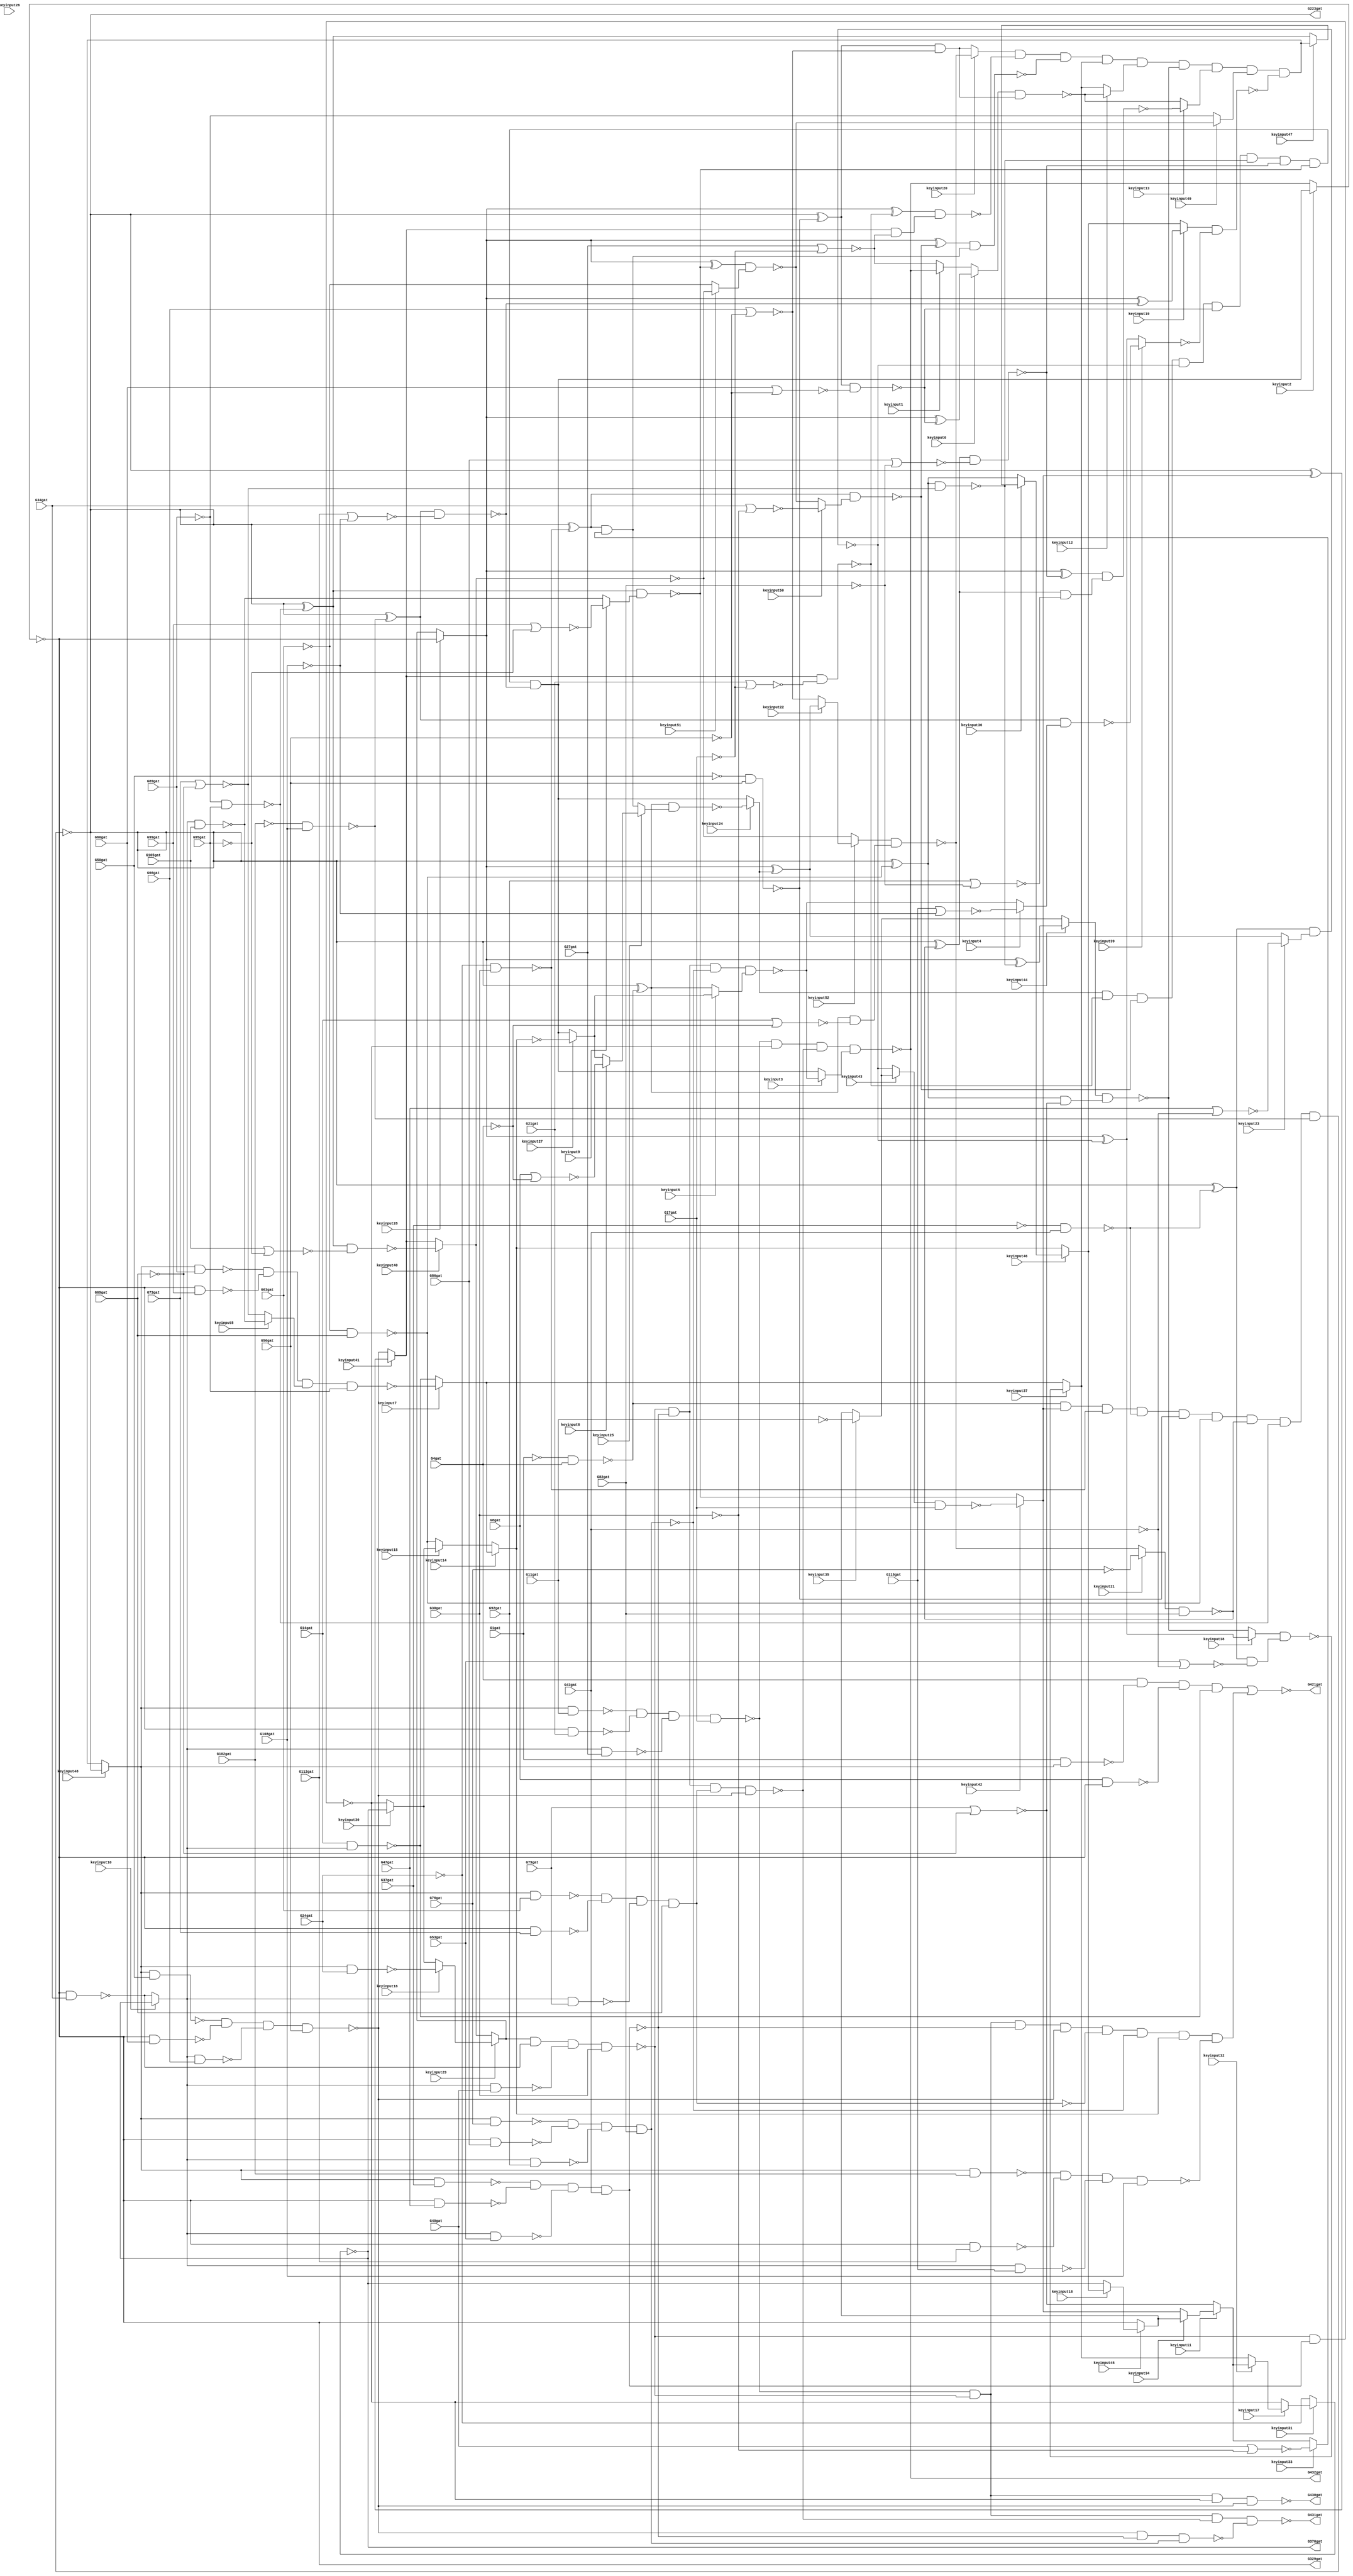
// This program was cloned from: https://github.com/matthewdelorenzo/CreativEval
// License: BSD 3-Clause "New" or "Revised" License

// Verilog File 
module top (G1gat,G4gat,G8gat,G11gat,G14gat,G17gat,G21gat,G24gat,G27gat,
G30gat,G34gat,G37gat,G40gat,G43gat,G47gat,G50gat,G53gat,G56gat,G60gat,
G63gat,G66gat,G69gat,G73gat,G76gat,G79gat,G82gat,G86gat,G89gat,G92gat,
G95gat,G99gat,G102gat,G105gat,G108gat,G112gat,G115gat,G223gat,G329gat,G370gat,
G421gat,G430gat,G431gat,G432gat,keyinput0,keyinput1,keyinput2,keyinput3,keyinput4,keyinput5,
keyinput6,keyinput7,keyinput8,keyinput9,keyinput10,keyinput11,keyinput12,keyinput13,keyinput14,keyinput15,
keyinput16,keyinput17,keyinput18,keyinput19,keyinput20,keyinput21,keyinput22,keyinput23,keyinput24,keyinput25,
keyinput26,keyinput27,keyinput28,keyinput29,keyinput30,keyinput31,keyinput32,keyinput33,keyinput34,keyinput35,
keyinput36,keyinput37,keyinput38,keyinput39,keyinput40,keyinput41,keyinput42,keyinput43,keyinput44,keyinput45,
keyinput46,keyinput47,keyinput48,keyinput49,keyinput50,keyinput51,keyinput52);

input G1gat,G4gat,G8gat,G11gat,G14gat,G17gat,G21gat,G24gat,G27gat,
G30gat,G34gat,G37gat,G40gat,G43gat,G47gat,G50gat,G53gat,G56gat,G60gat,
G63gat,G66gat,G69gat,G73gat,G76gat,G79gat,G82gat,G86gat,G89gat,G92gat,
G95gat,G99gat,G102gat,G105gat,G108gat,G112gat,G115gat,keyinput0,keyinput1,keyinput2,
keyinput3,keyinput4,keyinput5,keyinput6,keyinput7,keyinput8,keyinput9,keyinput10,keyinput11,keyinput12,
keyinput13,keyinput14,keyinput15,keyinput16,keyinput17,keyinput18,keyinput19,keyinput20,keyinput21,keyinput22,
keyinput23,keyinput24,keyinput25,keyinput26,keyinput27,keyinput28,keyinput29,keyinput30,keyinput31,keyinput32,
keyinput33,keyinput34,keyinput35,keyinput36,keyinput37,keyinput38,keyinput39,keyinput40,keyinput41,keyinput42,
keyinput43,keyinput44,keyinput45,keyinput46,keyinput47,keyinput48,keyinput49,keyinput50,keyinput51,keyinput52;

output G223gat,G329gat,G370gat,G421gat,G430gat,G431gat,G432gat;

wire G118gat,G119gat,G122gat,G123gat,G126gat,G127gat,G130gat,G131gat,G134gat,
G135gat,G138gat,G139gat,G142gat,G143gat,G146gat,G147gat,G150gat,G151gat,G154gat,
G157gat,G158gat,G159gat,G162gat,G165gat,G168gat,G171gat,G174gat,G177gat,G180gat,
G183gat,G184gat,G185gat,G186gat,G187gat,G188gat,G189gat,G190gat,G191gat,G192gat,
G193gat,G194gat,G195gat,G196gat,G197gat,G198gat,G199gat,G203gat,G213gat,G224gat,
G227gat,G230gat,G233gat,G236gat,G239gat,G242gat,G243gat,G246gat,G247gat,G250gat,
G251gat,G254gat,G255gat,G256gat,G257gat,G258gat,G259gat,G260gat,G263gat,G264gat,
G267gat,G270gat,G273gat,G276gat,G279gat,G282gat,G285gat,G288gat,G289gat,G290gat,
G291gat,G292gat,G293gat,G294gat,G295gat,G296gat,G300gat,G301gat,G302gat,G303gat,
G304gat,G305gat,G306gat,G307gat,G308gat,G309gat,G319gat,G330gat,G331gat,G332gat,
G333gat,G334gat,G335gat,G336gat,G337gat,G338gat,G339gat,G340gat,G341gat,G342gat,
G343gat,G344gat,G345gat,G346gat,G347gat,G348gat,G349gat,G350gat,G351gat,G352gat,
G353gat,G354gat,G355gat,G356gat,G357gat,G360gat,G371gat,G372gat,G373gat,G374gat,
G375gat,G376gat,G377gat,G378gat,G379gat,G380gat,G381gat,G386gat,G393gat,G399gat,
G404gat,G407gat,G411gat,G414gat,G415gat,G416gat,G417gat,G418gat,G419gat,G420gat,
G422gat,G425gat,G428gat,G429gat,muxed0,muxed1,muxed2,muxed3,muxed4,muxed5,
muxed6,muxed7,muxed8,muxed9,muxed10,muxed11,muxed12,muxed13,muxed14,muxed15,
muxed16,muxed17,muxed18,muxed19,muxed20,muxed21,muxed22,muxed23,muxed24,muxed25,
muxed26,muxed27,muxed28,muxed29,muxed30,muxed31,muxed32,muxed33,muxed34,muxed35,
muxed36,muxed37,muxed38,muxed39,muxed40,muxed41,muxed42,muxed43,muxed44,muxed45,
muxed46,muxed47,muxed48,muxed49,muxed50,muxed51,muxed52;
not gate_0(G118gat,G1gat);
not gate_1(G119gat,G4gat);
not gate_2(G122gat,G11gat);
not gate_3(G123gat,G17gat);
not gate_4(G126gat,G24gat);
not gate_5(G127gat,G30gat);
not gate_6(G130gat,G37gat);
not gate_7(G131gat,G43gat);
not gate_8(G134gat,G50gat);
not gate_9(G135gat,G56gat);
not gate_10(G138gat,G63gat);
not gate_11(G139gat,G69gat);
not gate_12(G142gat,G76gat);
not gate_13(G143gat,G82gat);
not gate_14(G146gat,G89gat);
not gate_15(G147gat,G95gat);
not gate_16(G150gat,G102gat);
not gate_17(G151gat,G108gat);
nand gate_18(G154gat,G118gat,G4gat);
nor gate_19(G157gat,G8gat,G119gat);
nor gate_20(G158gat,G14gat,G119gat);
nand gate_21(G159gat,muxed43,G17gat);
nand gate_22(G162gat,G126gat,G30gat);
nand gate_23(G165gat,G130gat,G43gat);
nand gate_24(G168gat,G134gat,G56gat);
nand gate_25(G171gat,G138gat,G69gat);
nand gate_26(G174gat,muxed21,G82gat);
nand gate_27(G177gat,G146gat,G95gat);
nand gate_28(G180gat,G150gat,G108gat);
nor gate_29(G183gat,G21gat,G123gat);
nor gate_30(G184gat,G27gat,G123gat);
nor gate_31(G185gat,G34gat,G127gat);
nor gate_32(G186gat,G40gat,G127gat);
nor gate_33(G187gat,G47gat,G131gat);
nor gate_34(G188gat,G53gat,G131gat);
nor gate_35(G189gat,G60gat,G135gat);
nor gate_36(G190gat,G66gat,G135gat);
nor gate_37(G191gat,G73gat,G139gat);
nor gate_38(G192gat,G79gat,G139gat);
nor gate_39(G193gat,G86gat,G143gat);
nor gate_40(G194gat,G92gat,G143gat);
nor gate_41(G195gat,G99gat,G147gat);
nor gate_42(G196gat,G105gat,G147gat);
nor gate_43(G197gat,G112gat,G151gat);
nor gate_44(G198gat,G115gat,G151gat);
and gate_45(G199gat,G154gat,muxed42,G162gat,G165gat,G168gat,G171gat,G174gat,G177gat,G180gat);
not gate_46(G203gat,G199gat);
not gate_47(G213gat,G199gat);
not gate_48(G223gat,G199gat);
xor gate_49(G224gat,G203gat,G154gat);
xor gate_50(G227gat,G203gat,muxed42);
xor gate_51(G230gat,G203gat,G162gat);
xor gate_52(G233gat,G203gat,G165gat);
xor gate_53(G236gat,G203gat,G168gat);
xor gate_54(G239gat,G203gat,G171gat);
nand gate_55(G242gat,G1gat,muxed48);
xor gate_56(G243gat,G203gat,G174gat);
nand gate_57(G246gat,muxed48,G11gat);
xor gate_58(G247gat,G203gat,G177gat);
nand gate_59(G250gat,muxed48,G24gat);
xor gate_60(G251gat,G203gat,G180gat);
nand gate_61(G254gat,muxed48,G37gat);
nand gate_62(G255gat,muxed48,G50gat);
nand gate_63(G256gat,muxed48,G63gat);
nand gate_64(G257gat,muxed48,G76gat);
nand gate_65(G258gat,muxed48,G89gat);
nand gate_66(G259gat,muxed48,G102gat);
nand gate_67(G260gat,G224gat,muxed25);
nand gate_68(G263gat,G224gat,G158gat);
nand gate_69(G264gat,muxed41,G183gat);
nand gate_70(G267gat,G230gat,muxed50);
nand gate_71(G270gat,G233gat,muxed23);
nand gate_72(G273gat,G236gat,G189gat);
nand gate_73(G276gat,G239gat,G191gat);
nand gate_74(G279gat,G243gat,G193gat);
nand gate_75(G282gat,G247gat,muxed9);
nand gate_76(G285gat,G251gat,G197gat);
nand gate_77(G288gat,muxed41,G184gat);
nand gate_78(G289gat,G230gat,muxed33);
nand gate_79(G290gat,G233gat,G188gat);
nand gate_80(G291gat,G236gat,G190gat);
nand gate_81(G292gat,G239gat,G192gat);
nand gate_82(G293gat,G243gat,G194gat);
nand gate_83(G294gat,G247gat,G196gat);
nand gate_84(G295gat,G251gat,muxed4);
and gate_85(G296gat,muxed24,G264gat,G267gat,G270gat,G273gat,G276gat,G279gat,G282gat,G285gat);
not gate_86(G300gat,G263gat);
not gate_87(G301gat,G288gat);
not gate_88(G302gat,G289gat);
not gate_89(G303gat,G290gat);
not gate_90(G304gat,G291gat);
not gate_91(G305gat,G292gat);
not gate_92(G306gat,G293gat);
not gate_93(G307gat,muxed40);
not gate_94(G308gat,muxed39);
not gate_95(G309gat,muxed2);
not gate_96(G319gat,muxed2);
not gate_97(G329gat,muxed2);
xor gate_98(G330gat,muxed28,muxed24);
xor gate_99(G331gat,muxed28,G264gat);
xor gate_100(G332gat,muxed28,G267gat);
xor gate_101(G333gat,muxed28,G270gat);
nand gate_102(G334gat,G8gat,G319gat);
xor gate_103(G335gat,muxed28,G273gat);
nand gate_104(G336gat,G319gat,G21gat);
xor gate_105(G337gat,muxed28,G276gat);
nand gate_106(G338gat,G319gat,G34gat);
xor gate_107(G339gat,muxed28,G279gat);
nand gate_108(G340gat,G319gat,G47gat);
xor gate_109(G341gat,muxed28,G282gat);
nand gate_110(G342gat,G319gat,G60gat);
xor gate_111(G343gat,muxed28,G285gat);
nand gate_112(G344gat,G319gat,G73gat);
nand gate_113(G345gat,G319gat,G86gat);
nand gate_114(G346gat,G319gat,G99gat);
nand gate_115(G347gat,G319gat,G112gat);
nand gate_116(G348gat,muxed52,G300gat);
nand gate_117(G349gat,G331gat,G301gat);
nand gate_118(G350gat,G332gat,G302gat);
nand gate_119(G351gat,muxed38,G303gat);
nand gate_120(G352gat,muxed0,G304gat);
nand gate_121(G353gat,muxed44,G305gat);
nand gate_122(G354gat,G339gat,G306gat);
nand gate_123(G355gat,G341gat,muxed51);
nand gate_124(G356gat,muxed19,G308gat);
and gate_125(G357gat,muxed20,G349gat,G350gat,muxed37,muxed12,G353gat,muxed13,muxed49,G356gat);
not gate_126(G360gat,muxed31);
not gate_127(G370gat,muxed31);
nand gate_128(G371gat,G14gat,muxed10);
nand gate_129(G372gat,muxed10,G27gat);
nand gate_130(G373gat,muxed10,G40gat);
nand gate_131(G374gat,muxed10,G53gat);
nand gate_132(G375gat,muxed10,G66gat);
nand gate_133(G376gat,muxed10,G79gat);
nand gate_134(G377gat,muxed10,G92gat);
nand gate_135(G378gat,muxed10,G105gat);
nand gate_136(G379gat,muxed10,G115gat);
nand gate_137(G380gat,G4gat,G242gat,G334gat,G371gat);
nand gate_138(G381gat,G246gat,G336gat,G372gat,G17gat);
nand gate_139(G386gat,muxed29,G338gat,G373gat,G30gat);
nand gate_140(G393gat,G254gat,G340gat,G374gat,G43gat);
nand gate_141(G399gat,G255gat,G342gat,G375gat,G56gat);
nand gate_142(G404gat,G256gat,G344gat,G376gat,G69gat);
nand gate_143(G407gat,G257gat,G345gat,G377gat,G82gat);
nand gate_144(G411gat,G258gat,G346gat,muxed8,G95gat);
nand gate_145(G414gat,G259gat,G347gat,G379gat,G108gat);
not gate_146(G415gat,G380gat);
and gate_147(G416gat,G381gat,G386gat,G393gat,G399gat,G404gat,G407gat,muxed14,G414gat);
not gate_148(G417gat,G393gat);
not gate_149(G418gat,G404gat);
not gate_150(G419gat,G407gat);
not gate_151(G420gat,muxed14);
nor gate_152(G421gat,G415gat,G416gat);
nand gate_153(G422gat,G386gat,G417gat);
nand gate_154(G425gat,G386gat,G393gat,G418gat,G399gat);
nand gate_155(G428gat,G399gat,G393gat,G419gat);
nand gate_156(G429gat,G386gat,G393gat,G407gat,muxed5);
nand gate_157(G430gat,G381gat,G386gat,G422gat,G399gat);
nand gate_158(G431gat,G381gat,G386gat,G425gat,G428gat);
nand gate_159(G432gat,G381gat,G422gat,G425gat,muxed3);
assign muxed0 = keyinput0 ? G335gat : muxed1;
assign muxed1 = keyinput1 ? G432gat : G184gat;
assign muxed2 = keyinput2 ? G296gat : G432gat;
assign muxed3 = keyinput3 ? G429gat : G296gat;
assign muxed4 = keyinput4 ? G198gat : G429gat;
assign muxed5 = keyinput5 ? muxed27 : G224gat;
assign muxed6 = keyinput6 ? G157gat : muxed27;
assign muxed7 = keyinput7 ? G411gat : G371gat;
assign muxed8 = keyinput8 ? G378gat : G191gat;
assign muxed9 = keyinput9 ? G195gat : G378gat;
assign muxed10 = keyinput10 ? G360gat : G338gat;
assign muxed11 = keyinput11 ? muxed34 : G192gat;
assign muxed12 = keyinput12 ? G352gat : muxed37;
assign muxed13 = keyinput13 ? G354gat : G352gat;
assign muxed14 = keyinput14 ? muxed7 : muxed15;
assign muxed15 = keyinput15 ? muxed30 : G171gat;
assign muxed16 = keyinput16 ? G250gat : muxed30;
assign muxed17 = keyinput17 ? muxed32 : G422gat;
assign muxed18 = keyinput18 ? muxed46 : G360gat;
assign muxed19 = keyinput19 ? G343gat : muxed46;
assign muxed20 = keyinput20 ? G348gat : G304gat;
assign muxed21 = keyinput21 ? G142gat : G348gat;
assign muxed22 = keyinput22 ? G330gat : G190gat;
assign muxed23 = keyinput23 ? G187gat : G330gat;
assign muxed24 = keyinput24 ? G260gat : G296gat;
assign muxed25 = keyinput25 ? muxed26 : G302gat;
assign muxed26 = keyinput26 ? muxed6 : muxed6;
assign muxed27 = keyinput27 ? G420gat : G296gat;
assign muxed28 = keyinput28 ? G309gat : muxed29;
assign muxed29 = keyinput29 ? muxed16 : muxed40;
assign muxed30 = keyinput30 ? G370gat : G422gat;
assign muxed31 = keyinput31 ? muxed17 : G126gat;
assign muxed32 = keyinput32 ? muxed11 : muxed37;
assign muxed33 = keyinput33 ? G186gat : muxed11;
assign muxed34 = keyinput34 ? muxed45 : muxed42;
assign muxed35 = keyinput35 ? G122gat : muxed45;
assign muxed36 = keyinput36 ? muxed47 : G239gat;
assign muxed37 = keyinput37 ? G351gat : muxed7;
assign muxed38 = keyinput38 ? G333gat : G353gat;
assign muxed39 = keyinput39 ? G295gat : G333gat;
assign muxed40 = keyinput40 ? G294gat : muxed41;
assign muxed41 = keyinput41 ? G227gat : G399gat;
assign muxed42 = keyinput42 ? G159gat : G282gat;
assign muxed43 = keyinput43 ? muxed35 : G270gat;
assign muxed44 = keyinput44 ? G337gat : muxed35;
assign muxed45 = keyinput45 ? muxed18 : G319gat;
assign muxed46 = keyinput46 ? muxed36 : muxed14;
assign muxed47 = keyinput47 ? G357gat : G247gat;
assign muxed48 = keyinput48 ? G213gat : G357gat;
assign muxed49 = keyinput49 ? G355gat : G146gat;
assign muxed50 = keyinput50 ? G185gat : G355gat;
assign muxed51 = keyinput51 ? G307gat : G138gat;
assign muxed52 = keyinput52 ? muxed22 : G307gat;
endmodule